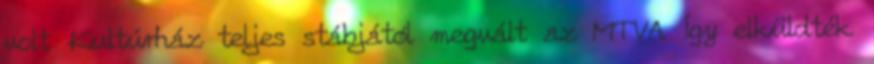
volt Kultúrház teljes stábjától megvált az MTVA. Így elküldték